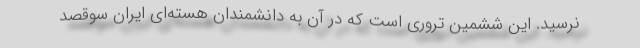
نرسید. این ششمین تروری است که در آن به دانشمندان هسته‌ای ایران سوقصد